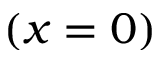
( x = 0 )